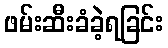
ဖမ်းဆီးခံခဲ့ရခြင်း